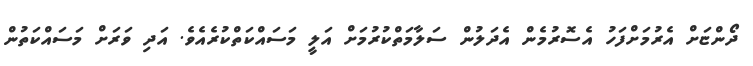
ދޯންޏަށް އެރުމަށްފަހު އެސޮރުމެން އެދަލުން ސަލާމަތްކުރުމަށް އަލީ މަސައްކަތްކުރެއެވެ. އަދި ވަރަށް މަސައްކަތުން